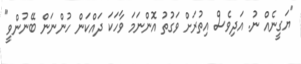
"ޔަގީނެއް ނު. އަދިވެސް އިތުރަށް ވަގުތު އޮންނަމަ ވާހަކަ ދައްކަން ހުންނަން ބޭނުންވީ"